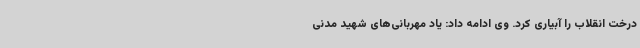
درخت انقلاب را آبیاری کرد. وی ادامه داد: یاد مهربانی‌های شهید مدنی